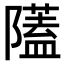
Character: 𨽈